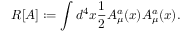
R [ A ] : = \int d ^ { 4 } x { \frac { 1 } { 2 } } A _ { \mu } ^ { a } ( x ) A _ { \mu } ^ { a } ( x ) .